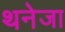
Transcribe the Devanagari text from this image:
थनेजा